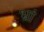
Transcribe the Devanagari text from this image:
भ्रां